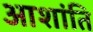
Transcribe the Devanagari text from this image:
आशांति